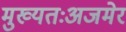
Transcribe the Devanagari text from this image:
मुख्यतःअजमेर